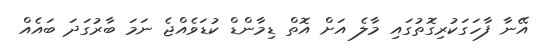
އޭނާ ފާހަގަކުރިގޮތުގައި މާލެ އަށް އޮތް ޑިމާންޑް ކުޑަވެއްޖެ ނަމަ ބާރުގަދަ ބައެއް